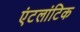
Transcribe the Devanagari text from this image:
एंटलांटिक